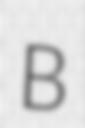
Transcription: B